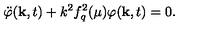
\ddot { \varphi } ( \mathrm { \bf k } , t ) + k ^ { 2 } f _ { q } ^ { 2 } ( \mu ) \varphi ( \mathrm { \bf k } , t ) = 0 .